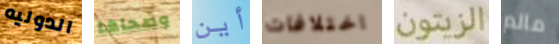
الدوليه وضحاها أين اختلافات الزيتون مالم